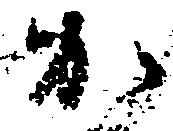
か